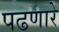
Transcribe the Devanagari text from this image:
पढणारे